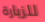
للزيارة